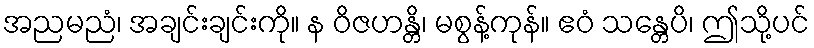
အညမညံ၊ အချင်းချင်းကို။ န ဝိဇဟန္တိ၊ မစွန့်ကုန်။ ဧဝံ သန္တေပိ၊ ဤသို့ပင်